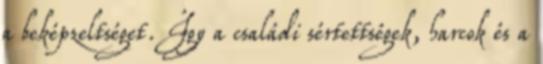
a beképzeltséget. Így a családi sértettségek, harcok és a